Vaccination in the Punjab 1883-1896 - 1883-1896
Year: 1883
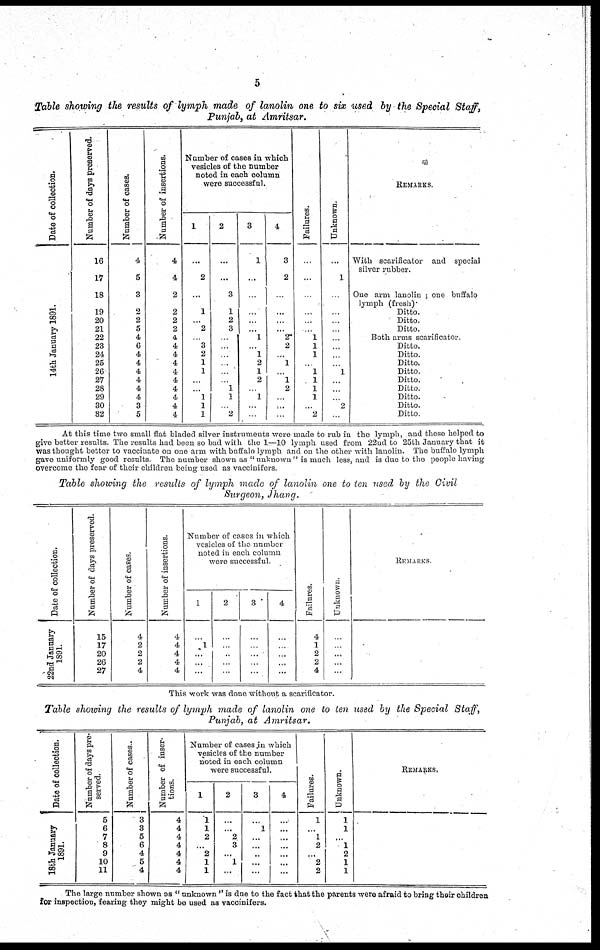
5
Table showing the results of lymph made of lanolin one to six used by the Special Staff,
Punjab, at Amritsar.
Date of collection.
14th January 1891.
Number of days preserved.
16
17
18
19
20
21
22
23
24
25
26
27
28
29
30
32
Number of cases.
4
5
3
2
2
5
4
6
4
4
4
4
4
4
3
5
Number of insertions.
4
4
2
2
2
2
4
4
4
4
4
4
4
4
4
4
Number of cases in which
vesicles of the number
noted in each column
were successful.
1
...
2
...
1
...
2
...
3
2
1
1
...
...
1
1
1
2
...
...
3
1
2
3
...
...
...
...
...
...
1
1
...
2
3
1
...
...
...
...
...
1
...
1
2
1
2
...
1
...
...
4
3
2
...
...
...
...
2
2
...
1
...
1
2
...
...
...
Failures.
...
...
...
...
...
...
1
1
1
...
1
1
1
1
...
2
Unknown.
...
1
...
...
...
...
...
...
...
...
1
...
...
...
2
...
REMARKS.
With scarificator and special
silver rubber.
One arm lanolin ; one buffalo
lymph (fresh).
Ditto.
Ditto.
Ditto.
Both arms scarificator.
Ditto.
Ditto.
Ditto.
Ditto.
Ditto.
Ditto.
Ditto.
Ditto.
Ditto.
At this time two small flat bladed silver instruments were made to rub in the lymph, and these helped to
give better results. The results had been so bad with the 1—10 lymph used from 22nd to 25th January that it
was thought better to vaccinate on one arm with buffalo lymph and on the other with lanolin. The buffalo lymph
gave uniformly good results. The number shown as " unknown " is much less, and is due to the people having
overcome the fear of their children being used as vaccinifers.
Table showing the results of lymph made of lanolin one to ten used by the Civil
Surgeon, Jhang.
Date of collection.
22nd January
1891.
Number of days preserved.
15
17
20
26
27
Number of cases.
4
2
2
2
4
Number of insertions.
4
4
4
4
4
Number of cases in which
vesicles of the number
noted in each column
were successful.
1
...
1
...
...
...
2
...
...
...
...
...
3
...
...
...
...
...
4
...
...
...
...
...
Failures.
4
1
2
2
4
Unknown
...
...
...
...
...
REMARKS
This work was done without a scarificator.
Table showing the results of lymph made of lanolin one to ten used by the Special Staff,
Punjab, at Amritsar.
Date of collection.
18th January
1891.
Number of days pre¬
served.
5
6
7
8
9
10
11
Number of cases..
3
3
5
6
4
5
4
Number of inser-
tions.
4
4
4
4
4
4
4
Number of cases in which
vesicles of the number
noted in each column
were successful.
1
1
1
2
...
2
1
1
2
...
...
2
3
...
1
...
3
...
1
...
...
...
...
...
4
...
...
...
...
...
...
...
Failures.
1
...
1
2
...
2
2
Unknown.
1
1
...
1
2
1
1
REMARKS.
The large number shown as " unknown " is due to the fact that the parents were afraid to bring their children
for inspection, fearing they might be used as vaccínifers.